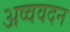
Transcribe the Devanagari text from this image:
अष्ववदन